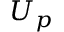
U _ { p }